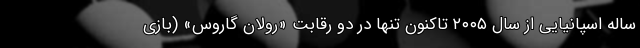
ساله اسپانیایی از سال ۲۰۰۵ تاکنون تنها در دو رقابت «رولان گاروس» (بازی